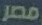
مصر